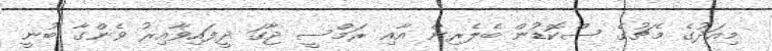
މިއަދުގެ މެޗުގެ ސްކޮޑުން ބެލެރިން އާއި ރަމްސީ ޖާގަ ދީފައިވާއިރު ވެންގާ ބުނީ